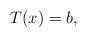
LaTeX: \begin{align*}T(x) = b,\end{align*}